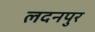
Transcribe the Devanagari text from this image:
लदनपुर